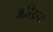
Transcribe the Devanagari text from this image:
अम्य्र्नि